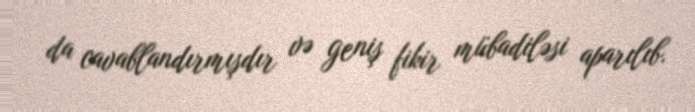
da cavablandırmışdır və geniş fikir mübadiləsi aparılıb.